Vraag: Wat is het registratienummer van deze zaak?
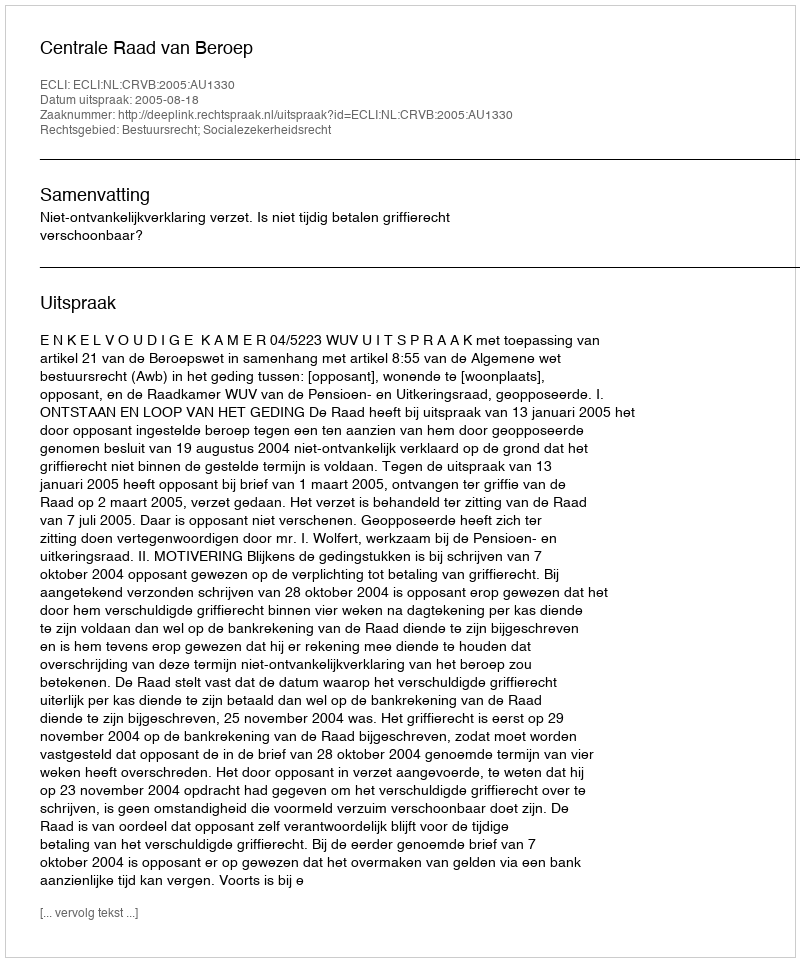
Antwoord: http://deeplink.rechtspraak.nl/uitspraak?id=ECLI:NL:CRVB:2005:AU1330